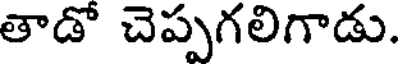
తాడో చెప్పగలిగాడు.